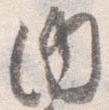
内